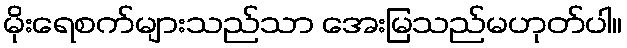
မိုးရေစက်များသည်သာ အေးမြသည်မဟုတ်ပါ။